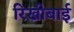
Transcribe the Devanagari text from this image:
रिखीबाई